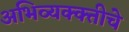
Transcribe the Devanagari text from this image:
अभिव्यक्क्तीचे